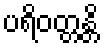
ပရိဝတ္တန္တိ